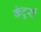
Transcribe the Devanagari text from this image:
कंटूरों